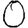
Digit: 0